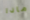
ماذا